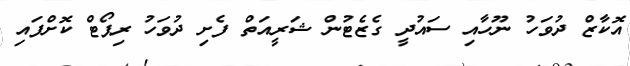
އޮކާޒް ދުވަހު ނޫހާއި ސައުދީ ގެޒެޓުން ޝަރީއަތް ފެށި ދުވަހު ރިޕޯޓް ކޮށްފައި